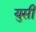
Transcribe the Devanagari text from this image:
युसी